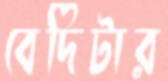
বেদিটার